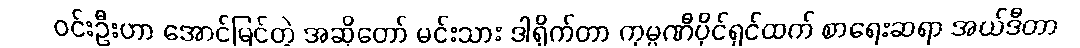
ဝင်းဦးဟာ အောင်မြင်တဲ့ အဆိုတော် မင်းသား ဒါရိုက်တာ ကုမ္ပဏီပိုင်ရှင်ထက် စာရေးဆရာ အယ်ဒီတာ